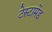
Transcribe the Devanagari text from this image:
टेस्टामेंड